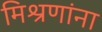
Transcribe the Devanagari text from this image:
मिश्रणांना